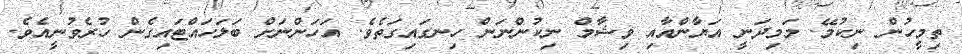
ތިމީހުން ނިކުމޭ. މަމިދަނީ އަޔާންއާއި ވިޝާމް ނިކުންނަން ހިނގައިގަތެވެ. އަހަންނަށް ބަލަހައްޓައިގެން ހުރެވުނީއެވެ.